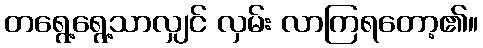
တရွေ့ရွေ့သာလျှင် လှမ်း လာကြရတော့၏။